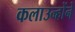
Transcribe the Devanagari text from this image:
कलाउन्होंने